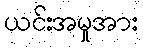
ယင်းအမှုအား